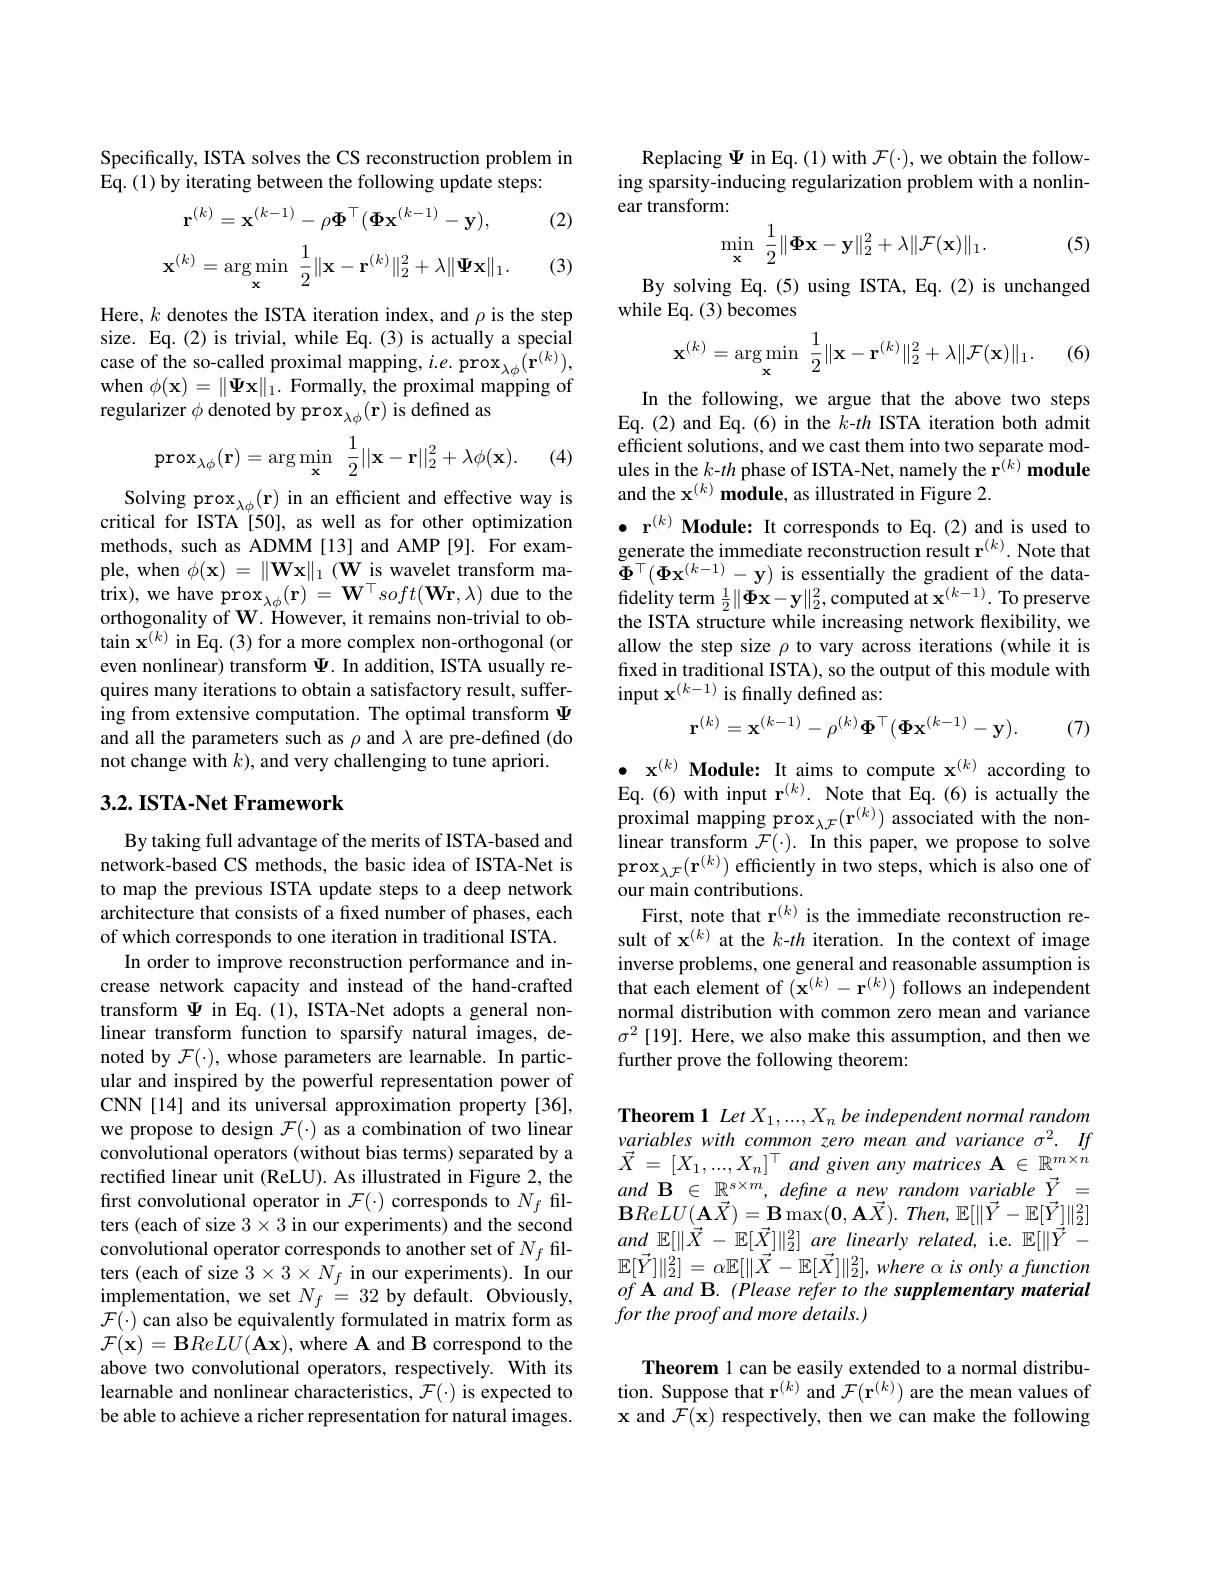
Specifically, ISTA solves the CS reconstruction problem in
$\hat{\mathrm{Eq.~(1)~by~iterating~between~the~following~update~steps:}}$

(2)
$$\mathbf{r}^{(k)}=\mathbf{x}^{(k-1)}-\rho\mathbf{\Phi}^\top(\mathbf{\Phi}\mathbf{x}^{(k-1)}-\mathbf{y}),$$
$$\mathbf{x}^{(k)}=\arg\min_{\mathbf{x}}\:\frac{1}{2}\|\mathbf{x}-\mathbf{r}^{(k)}\|_{2}^{2}+\lambda\|\mathbf{\Psi}\mathbf{x}\|_{1}.$$
(3)

Here, $k$ denotes the ISTA iteration index, and $\rho$ is the step size. Eq.(2) is trivial, while Eq.(3) is actually a special case of the so-called proximal mapping, $i.e.\mathrm{~prox}_{\lambda\phi}(\mathbf{r}^{(k)})$, when $\phi(\mathbf{x})=\|\Psi\mathbf{x}\|_{1}.$ Formally, the proximal mapping of regularizer $\phi$ denoted by prox$_\lambda\phi(\mathbf{r})$ is defined as
$$\mathrm{prox}_{\lambda\phi}(\mathbf{r})=\arg\min_{\mathbf{x}}\:\frac{1}{2}||\mathbf{x}-\mathbf{r}||_{2}^{2}+\lambda\phi(\mathbf{x}).$$
(4)

Solving prox$_{\lambda\phi}(\mathbf{r})$ in an efficient and effective way is critical for ISTA [50], as well as for other optimization methods, such as ADMM[13] and AMP[9]. For example, when $\phi(\mathbf{x})=\|\mathbf{W}\mathbf{x}\|_{1}(\mathbf{W}$ is wavelet transform ma- $\mathrm{trix) , ~we~have~prox}_{\lambda \phi }( \mathbf{r} ) = \mathbf{W} ^{\top }soft( \mathbf{Wr}, \lambda )$due to the orthogonality of W. However, it remains non-trivial to ob- $\tan\mathbf{x}^{(k)}$ in Eq.(3) for a more complex non-orthogonal(or even nonlinear) transform $\Psi$. In addition, ISTA usually requires many iterations to obtain a satisfactory result, suffering from extensive computation. The optimal transform $\Psi$ and all the parameters such as $\rho$ and $\lambda$ are pre-defined (do not change with $k)$, and very challenging to tune apriori.

## $3. 2. \textbf{ISTA- Net Framework}$

By taking full advantage of the merits of ISTA-based and network-based CS methods, the basic idea of ISTA-Net is to map the previous ISTA update steps to a deep network architecture that consists of a fixed number of phases, each of which corresponds to one iteration in traditional ISTA.
In order to improve reconstruction performance and increase network capacity and instead of the hand-crafted transform $\Psi$ in Eq.(1), ISTA-Net adopts a general nonlinear transform function to sparsify natural images, denoted by $\mathcal{F}(\cdot)$, whose parameters are learnable. In particular and inspired by the powerful representation power of CNN [14] and its universal approximation property [36], we propose to design $\mathcal{F}(\cdot)$ as a combination of two linear convolutional operators (without bias terms) separated by a rectified linear unit (ReLU). As illustrated in Figure 2, the first convolutional operator in $\mathcal{F}(\cdot)$ corresponds to $N_f$ filters (each of size $3\times3$ in our experiments) and the second convolutional operator corresponds to another set of $N_f$ filters (each of size $3\times3\times N_f$ in our experiments). In our implementation, we set $N_f=32$ by default. Obviously, $\mathcal{F}(\cdot)$ can also be equivalently formulated in matrix form as $\mathcal{F}(\mathbf{x})=\mathbf{B}ReLU(\mathbf{A}\mathbf{x})$,where A and B correspond to the above two convolutional operators, respectively. With its learnable and nonlinear characteristics, $\mathcal{F}(\cdot)$ is expected to be able to achieve a richer representation for natural images.

Replacing $\Psi$ in Eq.(1) with $\mathcal{F}(\cdot)$, we obtain the following sparsity-inducing regularization problem with a nonlinear transform:
$$\min_{\mathbf{x}}\:\frac{1}{2}\|\mathbf{\Phi}\mathbf{x}-\mathbf{y}\|_{2}^{2}+\lambda\|\mathcal{F}(\mathbf{x})\|_{1}.$$
(5)

By solving Eq.(5) using ISTA, Eq.(2) is unchanged
while Eq. (3) becomes
$$\mathbf{x}^{(k)}=\arg\min\limits_{\mathbf{x}}\:\frac{1}{2}\|\mathbf{x}-\mathbf{r}^{(k)}\|_{2}^{2}+\lambda\|\mathcal{F}(\mathbf{x})\|_{1}.$$
(6)

In the following, we argue that the above two steps Eq.(2) and Eq.(6) in the $k-th$ ISTA iteration both admit efficient solutions, and we cast them into two separate modules in the $k$-$th$ phase of ISTA-Net, namely the $\hat{\mathbf{r}}^{(k)}$ module and the $\mathbf{x}^{(k)}$ module, as illustrated in Figure 2.

$\bullet \textbf{r}^{( k) }\textbf{Module: It corresponds to Eq. ( 2) and is used to}$ generate the immediate reconstruction result r$^{(k)}.$ Note that $\Phi^{\top}(\Phi\mathbf{x}^{(k-1)}-\mathbf{y})$ is essentially the gradient of the datafidelity term $\frac12\|\Phi\mathbf{x}-\mathbf{y}\|_{2}^{2}$,computed at $\mathbf{x}^{(k-1)}.$ To preserve the ISTA structure while increasing network flexibility, we allow the step size $\rho$ to vary across iterations (while it is fixed in traditional ISTA), so the output of this module with input $\mathbf{x}^{(k-1)}$ is finally defined as:
$$\mathbf{r}^{(k)}=\mathbf{x}^{(k-1)}-\rho^{(k)}\mathbf{\Phi}^{\top}(\mathbf{\Phi}\mathbf{x}^{(k-1)}-\mathbf{y}).$$
(7)

$\bullet\textbf{ x}^{(k)}\textbf{ Module: It aims to compute x}^{(k)}$ according to Eq.(6) with input r$^{(k)}.$ Note that Eq.(6) is actually the proximal mapping $\mathrm{prox}_\lambda \mathcal{F} ( \mathbf{r} ^{( k) })$ associated with the nonlinear transform $\mathcal{F} ( \cdot ) . \textbf{In this paper, we propose to solve}$ $\mathrm{prox}_{\lambda\mathcal{F}}(\mathbf{r}^{(k)})$ efficiently in two steps, which is also one of our main contributions.
First, note that r$^{(k)}$ is the immediate reconstruction result of x$^{(k)}$ at the $k$-th iteration. In the context of image inverse problems,one general and reasonable assumption is that each element of $(\mathbf{x}^{(k)}-\mathbf{r}^{(k)})$ follows an independent normal distribution with common zero mean and variance $\sigma^2$ [19]. Here, we also make this assumption, and then we further prove the following theorem:

Theorem 1 Let $X_1,...,X_n$ be independent normal random $\begin{array}{l}variables\:with\:common\:zero\:mean\:and\:variance\:\sigma^{2}.\:If\\\vec{X}\:=\:[X_1,...,X_n]^\top\:and\:given\:any\:matrices\:\mathbf{A}\:\in\:\mathbb{R}^{m\times n}\end{array}$ $and\textbf{B}\in \mathbb{R} _{\to }^{s\times m}$, define a new random variable $\vec{Y}=$ $\mathbf{B}ReLU(\mathbf{A}\vec{X})=\mathbf{B}\max(\mathbf{0},\mathbf{A}\vec{X}).Then,\mathbb{E}[\|\vec{Y}-\mathbb{E}[\vec{Y}]\|_{2}^{2}]$ $and_{\vec{X} }\mathbb{E} [ \| \vec{X}$ - $\mathbb{E} [ \vec{X} ] \| _{2}^{2}]$ are linearly $related$, i. e. $\mathbb{E} [ \| \vec{Y}$
$\begin{array}{l}{\mathbb{E}[\vec{Y}]\|_{2}^{2}]=\alpha\mathbb{E}[\|\vec{X}-\mathbb{E}[\vec{X}]\|_{2}^{2}],where~\alpha~is~only~a~function}\\{of~\mathbf{A}~and~\mathbf{B}.~(Please~refer~to~the~supplementary~material}\end{array}$
for the proof and more details.)

Theorem 1 can be easily extended to a normal distribution. Suppose that r$^{(k)}$ and $\mathcal{F}(\mathbf{r}^{(k)})$ are the mean values of $\mathbf{x}$ and $\hat{\mathcal{F}}(\mathbf{x})$ respectively, then we can make the following